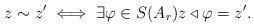
LaTeX: \begin{align*} z\sim z' \iff \exists \varphi\in S(A_r) z\triangleleft \varphi =z'.\end{align*}